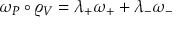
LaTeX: \omega _ { P } \circ \varrho _ { V } = \lambda _ { + } \omega _ { + } + \lambda _ { - } \omega _ { - }